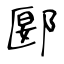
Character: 郾